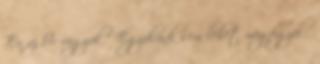
„Én az Úr vagyok ” Egyikünk sem lehet megfigyelő